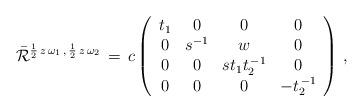
LaTeX: \begin{align*}\bar{\cal R}^{\frac{1}{2}\,z\,\omega _1\,,\,\frac{1}{2}\,z\,\omega_2}\,=\,c\left( \begin{array}{cccc} t_1 & 0 & 0 & 0 \\ 0 & s^{-1} & w & 0 \\ 0 & 0 & st_1t_2^{\,-1} & 0 \\ 0 & 0 & 0 & -t_2^{\,-1} \end{array} \right)\,,\end{align*}